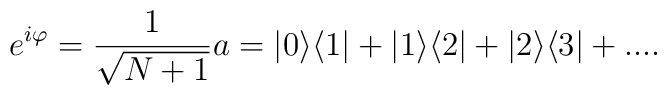
e^{i\varphi}=\frac{1}{\sqrt{N+1}}a = |0\rangle \langle 1|+ |1\rangle \langle 2|+ |2\rangle \langle 3| + ....